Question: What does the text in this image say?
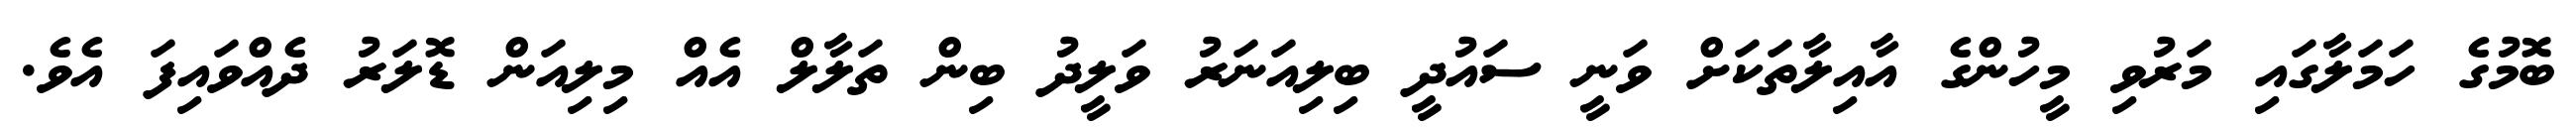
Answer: ބޮމުގެ ހަމަލާގައި މަރުވި މީހުންގެ އާއިލާތަކަށް ވަނީ ސައުދީ ބިލިއަނަރު ވަލީދު ބިން ތަލާލް އެއް މިލިއަން ޑޮލަރު ދެއްވައިފަ އެވެ.